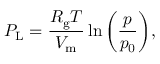
P _ { \mathrm { L } } = \frac { R _ { \mathrm { g } } T } { V _ { \mathrm { m } } } \ln { \left( \frac { p } { p _ { 0 } } \right) } ,